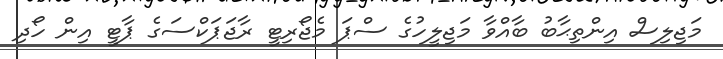
މަޖިލިސް އިންތިޙާބު ބާއްވާ މަޖިލީހުގެ ސްޕަ މެޖޯރިޓީ ރާޖަޕަކްސަގެ ޕާޓީ އިން ހޯދި